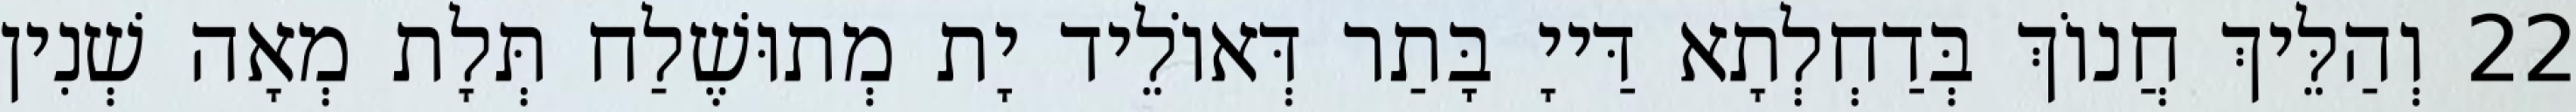
22 וְהַלֵּיךְ חֲנוֹךְ בְּדַחְלְתָא דַּייָ בָּתַר דְּאוֹלֵיד יָת מְתוּשֶׁלַח תְּלָת מְאָה שְׁנִין